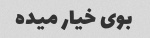
بوی خیار میده